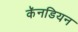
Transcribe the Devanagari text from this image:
कॅनडियन